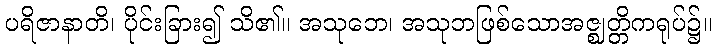
ပရိဇာနာတိ၊ ပိုင်းခြား၍ သိ၏။ အသုဘေ၊ အသုဘဖြစ်သောအဇ္ဈတ္တိကရုပ်၌။